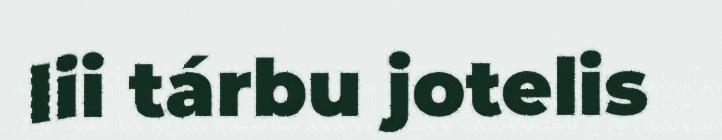
lii tárbu jotelis